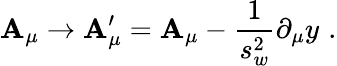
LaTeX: {\cal\mathbf{A}}_{\mu}\rightarrow{\cal\mathbf{A}}_{\mu}^{\prime}={\cal\mathbf{A}}_{\mu}-\frac{{1}}{{s_{w}^{2}}}\partial_{\mu}y\, \, .